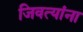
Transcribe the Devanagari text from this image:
जिवत्यांना